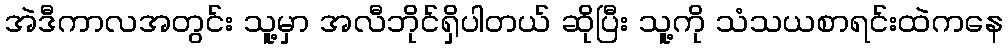
အဲဒီကာလအတွင်း သူ့မှာ အလီဘိုင်ရှိပါတယ် ဆိုပြီး သူ့ကို သံသယစာရင်းထဲကနေ